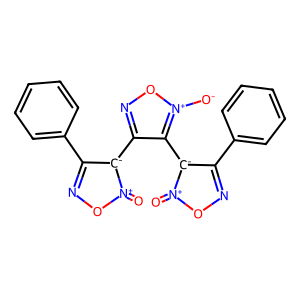
SMILES: O=[n+]1onc(-c2ccccc2)[c-]1-c1no[n+]([O-])c1-[c-]1c(-c2ccccc2)no[n+]1=O
Inhibits HIV replication: No